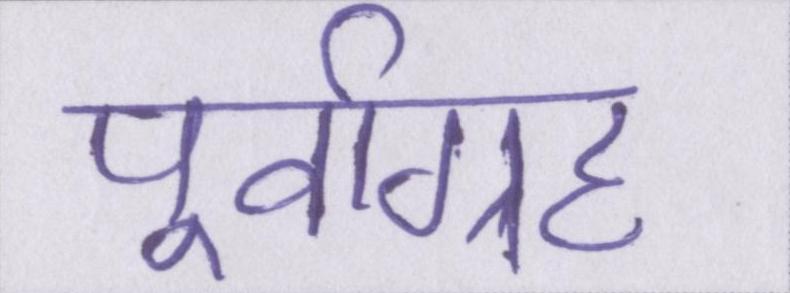
पूर्वाग्रह